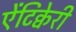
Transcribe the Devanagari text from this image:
ऐंटिक्वेरी